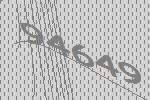
94649